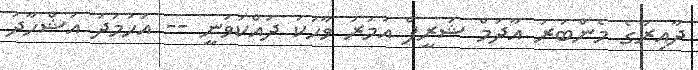
ދާއިރާގެ މެންބަރު އާދަމް ޝަރީފް އުމަރު ވާހަކަ ދައްކަވަނީ -- އަހުމަދު އަޝްހާދު